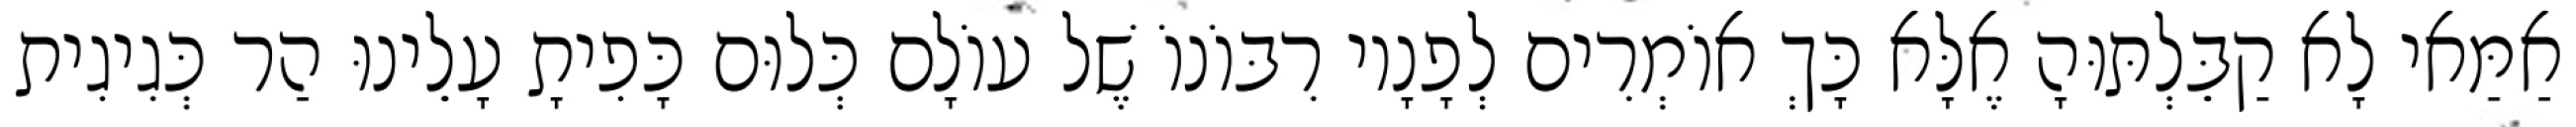
אַמַּאי לָא קַבֵּלְתּוּהָ אֶלָּא כָּךְ אוֹמְרִים לְפָנָיו רִבּוֹנוֹ שֶׁל עוֹלָם כְּלוּם כָּפִיתָ עָלֵינוּ הַר כְּגִיגִית